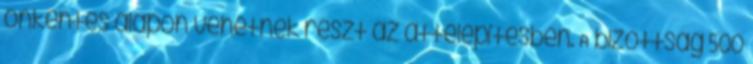
önkéntes alapon vehetnek részt az áttelepítésben. A bizottság 500